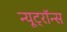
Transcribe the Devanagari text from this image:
न्यूट्रॉन्स